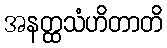
အနတ္ထသံဟိတာတိ